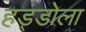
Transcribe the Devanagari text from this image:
हड्डोला